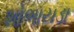
શોભાયડા